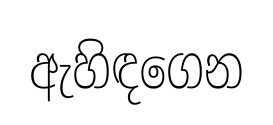
ඇහිඳගෙන